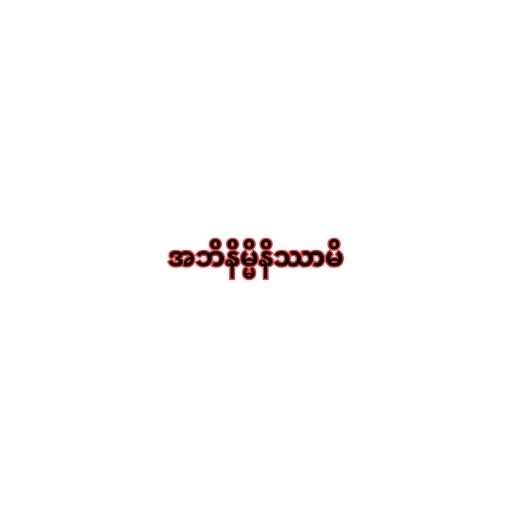
အဘိနိမ္မိနိဿာမိ